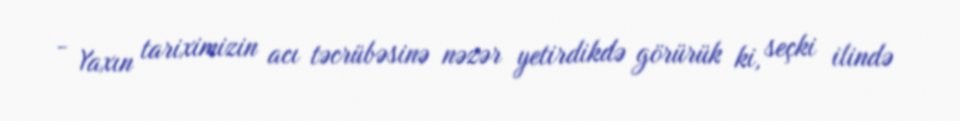
- Yaxın tariximizin acı təcrübəsinə nəzər yetirdikdə görürük ki, seçki ilində